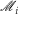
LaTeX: { \mathcal { M } } _ { i }